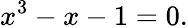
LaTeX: x^{3}-x-1=0.